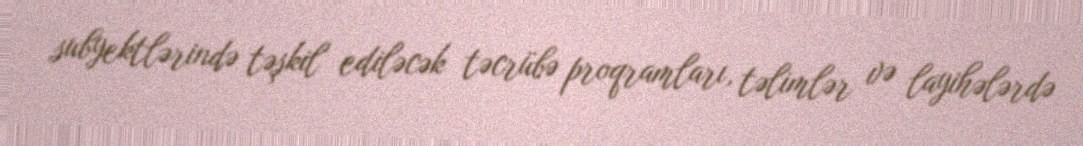
subyektlərində təşkil ediləcək təcrübə proqramları, təlimlər və layihələrdə